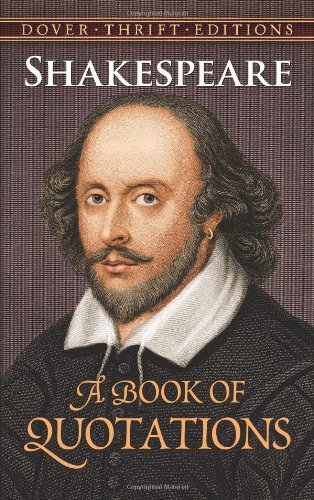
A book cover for Shakespeare: A Book of Quotations (Dover Thrift Editions); William Shakespeare; Literature & Fiction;